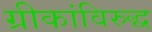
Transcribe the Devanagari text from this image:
ग्रीकांविरुद्ध